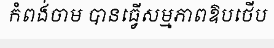
កំពង់ចាម បានធ្វើសម្មភាពឱបថើប